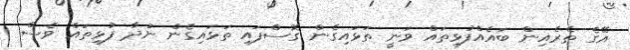
އޭގެ ތެރެއިން ބައެއްފުޅިތައް ވަނީ ތަޅައިގެން ގޮސްފައި ތަޅައިގެން ނުދާ ފުޅިތައް ވެސް